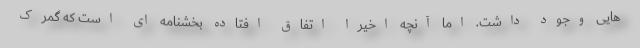
هایی وجود داشت. اما آنچه اخیرا اتفاق افتاده بخشنامه ای است که گمرک